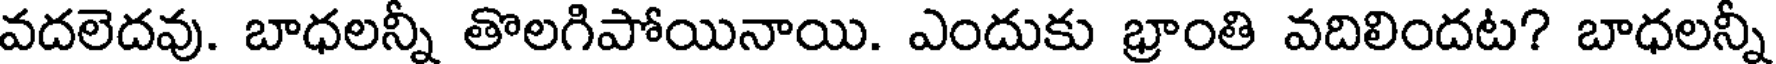
వదలెదవు. బాధలన్నీ తొలగిపోయినాయి. ఎందుకు భ్రాంతి వదిలిందట? బాధలన్నీ